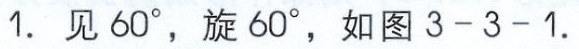
1. 见 \(60^{\circ}\)，旋 \(60^{\circ}\)，如图 3 - 3 - 1.